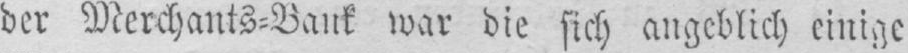
der Merchants⸗Bank war die sich angeblich einige